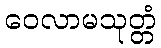
ဝေလာမသုတ္တံ